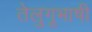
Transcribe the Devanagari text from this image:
तेलुगूभाषी